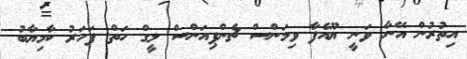
އިތުރުން އޭނާ ވަނީ ޔޫއެފާ ވިމަންސް ޗެންޕިއަންސް ލީގް ހަތް ފަހަރު ކާމިޔާބު